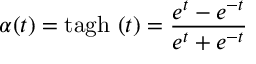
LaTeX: \alpha ( t ) = \mathrm { t a g h } \ ( t ) = \frac { e ^ { t } - e ^ { - t } } { e ^ { t } + e ^ { - t } }